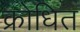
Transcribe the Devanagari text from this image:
क्रोधित